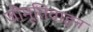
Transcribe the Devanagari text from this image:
जीमूतिवाहन